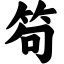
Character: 笱